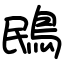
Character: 鴖